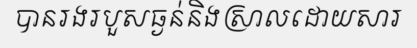
បានរងរបួសធ្ងន់និងស្រាលដោយសារ